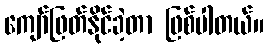
ကျော်ဖြတ်နိုင်ခဲ့တာ ဖြစ်ပါတယ်။